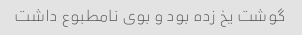
گوشت یخ زده بود و بوی نامطبوع داشت